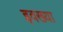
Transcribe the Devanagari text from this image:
इवख्या